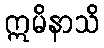
ဣမိနာသိ